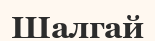
Шалгай